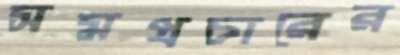
সমপ্রচারের